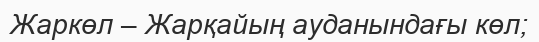
Жаркөл – Жарқайың ауданындағы көл;